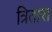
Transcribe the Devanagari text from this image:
त्रितारा